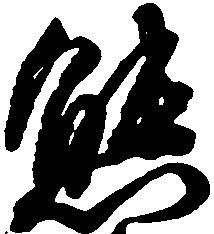
態